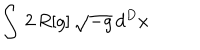
\int \, 2 \, R [ g ] \, \sqrt { - g } \, d ^ { D } x